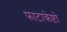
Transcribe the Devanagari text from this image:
फाटाकेष्टो